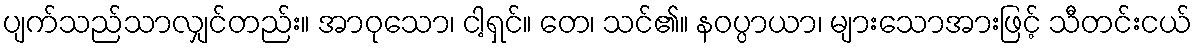
ပျက်သည်သာလျှင်တည်း။ အာဝုသော၊ ငါ့ရှင်။ တေ၊ သင်၏။ နဝပ္ပာယာ၊ များသောအားဖြင့် သီတင်းငယ်